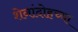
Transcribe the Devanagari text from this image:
शेनांदोहच्या